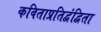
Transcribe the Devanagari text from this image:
कविताप्रतिद्वंद्विता